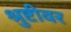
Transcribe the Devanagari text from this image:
श्रुष्टीवर